Indian journal of veterinary science and animal husbandry - Volume 4,
Year: 1934
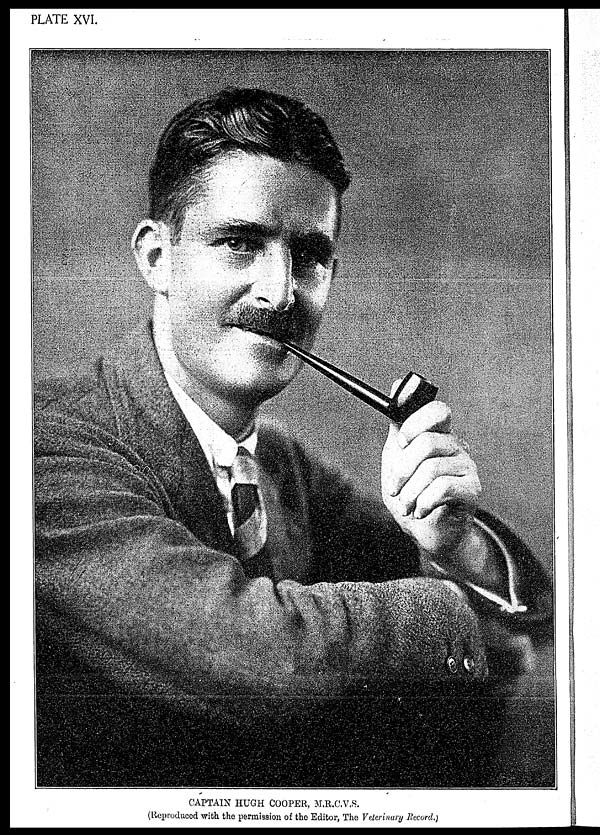
PLATE XVI.
CAPTAIN HUGH COOPER, M.R.C.V.S.
(Reproduced with the permission of the Editor, The Veterinary Record.)